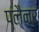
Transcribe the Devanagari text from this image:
प्लैनर